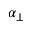
\alpha _ { \perp }